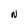
Character: N